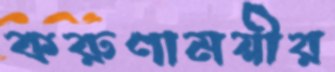
করুণাময়ীর